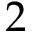
2